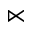
\ltimes